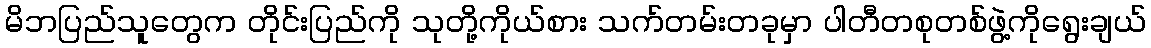
မိဘပြည်သူတွေက တိုင်းပြည်ကို သုတို့ကိုယ်စား သက်တမ်းတခုမှာ ပါတီတစုတစ်ဖွဲ့ကိုရွေးချယ်